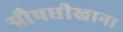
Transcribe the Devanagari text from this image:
औषधीखाना